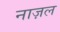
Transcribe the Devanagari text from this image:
नाज़ल